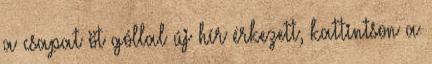
a csapat öt góllal új hír érkezett, kattintson a